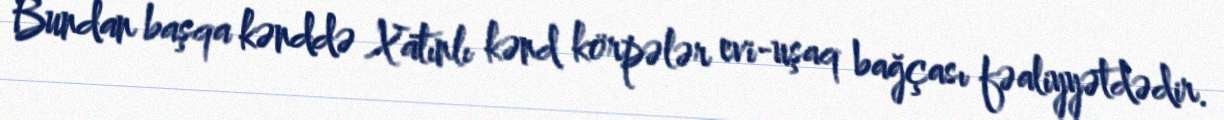
Bundan başqa kənddə Xatınlı kənd körpələr evi-uşaq bağçası fəaliyyətdədir.